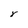
Character: Y